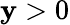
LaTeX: \mathbf{y}>0